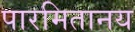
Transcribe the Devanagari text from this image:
पारमितानय